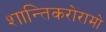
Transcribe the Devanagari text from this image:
शान्तिकरोरामो